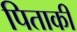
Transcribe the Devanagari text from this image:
पिताकी